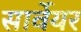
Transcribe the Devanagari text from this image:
सार्वेयर